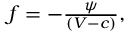
\begin{array} { r } { f = - \frac { \psi } { ( V - c ) } , } \end{array}